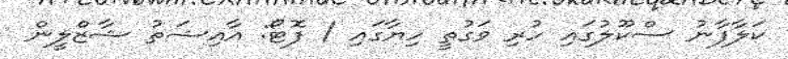
ކަލާފާނު ސްކޫލުގައި ހުރި ވަގުތީ ހިޔާގައި / ފޮޓޯ: އާއިޝަތު ޝާޒްލީން